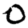
Digit: 0